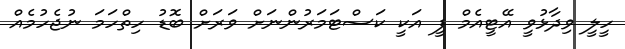
ހީލީ ވިދާޅުވީ އޭޓީއެމް ފީ އަކީ ކަސްޓަމަރުންނަށް ވަރަށް ބޮޑު ހިތްހަމަ ނުޖެހުމެއް